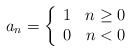
\begin{align*}a_n = \left\{ \begin{array}{lr} 1&n \ge 0 \\ 0 & n < 0 \end{array} \right.\end{align*}